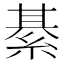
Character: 綦